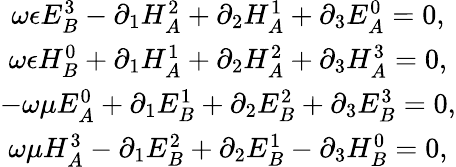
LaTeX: \begin{array}{c}{{\omega\epsilon E_{B}^{3}-\partial_{1}H_{A}^{2}+\partial_{2}H_{A}^{1}+\partial_{3}E_{A}^{0}=0,}}\\ {{\omega\epsilon H_{B}^{0}+\partial_{1}H_{A}^{1}+\partial_{2}H_{A}^{2}+\partial_{3}H_{A}^{3}=0,}}\\ {{-\omega\mu E_{A}^{0}+\partial_{1}E_{B}^{1}+\partial_{2}E_{B}^{2}+\partial_{3}E_{B}^{3}=0,}}\\ {{\omega\mu H_{A}^{3}-\partial_{1}E_{B}^{2}+\partial_{2}E_{B}^{1}-\partial_{3}H_{B}^{0}=0,}}\end{array}